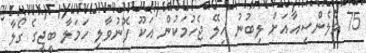
75 ވެލެންސިއާއަށް ލިބުނު ހިލޭ ޖެހުމަކުން އަކޫ ފޮނުވާލި ހަމަލާ ބީޖީގެ ގޯލާ